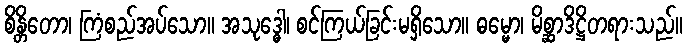
စိန္တိတော၊ ကြံစည်အပ်သော။ အသုဒ္ဓေါ၊ စင်ကြယ်ခြင်းမရှိသော။ ဓမ္မော၊ မိစ္ဆာဒိဋ္ဌိတရားသည်။